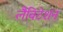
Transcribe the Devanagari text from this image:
लैविटेशन